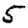
Digit: 5